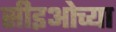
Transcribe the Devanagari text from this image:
सीइओच्या